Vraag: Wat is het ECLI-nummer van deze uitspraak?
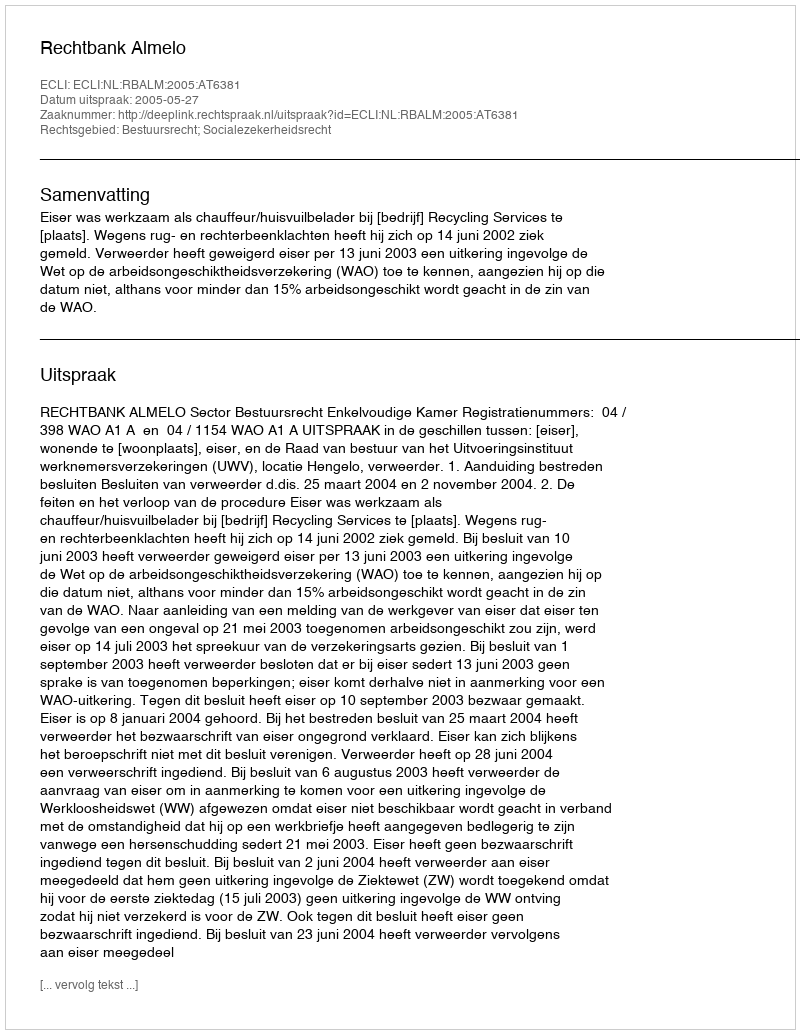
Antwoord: ECLI:NL:RBALM:2005:AT6381